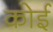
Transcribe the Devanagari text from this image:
कोई